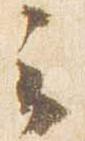
云